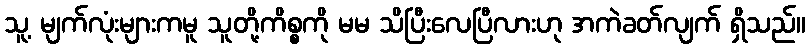
သူ့ မျက်လုံးများကမူ သူတို့ကိစ္စကို မမ သိပြီးလေပြီလားဟု အကဲခတ်လျက် ရှိသည်။